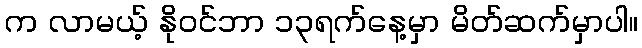
က လာမယ့် နိုဝင်ဘာ ၁၃ရက်နေ့မှာ မိတ်ဆက်မှာပါ။